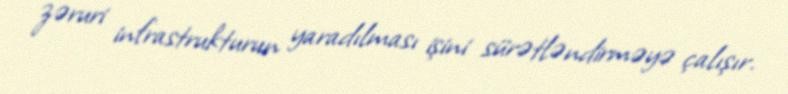
zəruri infrastrukturun yaradılması işini sürətləndirməyə çalışır.